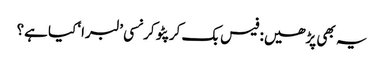
یہ بھی پڑھیں: فیس بک کرپٹو کرنسی ’لبرا‘ کیا ہے؟